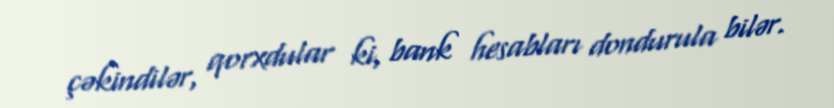
çəkindilər, qorxdular ki, bank hesabları dondurula bilər.